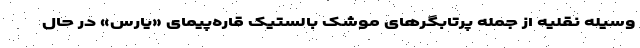
وسیله نقلیه از جمله پرتابگرهای موشک بالستیک قاره‌پیمای «یارس» در حال